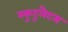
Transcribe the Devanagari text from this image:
स्कुटूलैटस